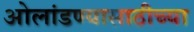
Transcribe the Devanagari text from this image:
ओलांडण्यासाठीच्या